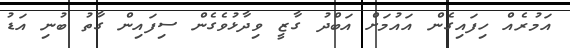
އަމުރެއް ހިފައިގެން އައުމަށް އަބްދު ގާޒީ ވިދާޅުވެގެން ސިފައިން ގާތު ބުނި އަޑު